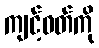
ကျင့်ဝတ်ကို